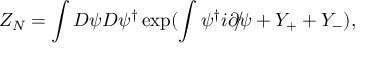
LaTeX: Z _ { N } = \int D \psi D \psi ^ { \dagger } \exp ( \int \psi ^ { \dagger } i \rlap { / } { \partial } \psi + Y _ { + } + Y _ { - } ) ,